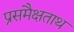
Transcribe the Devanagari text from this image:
प्रसमैक्षताथ